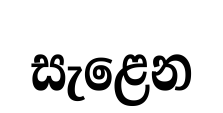
සැළෙන